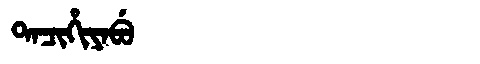
Manchu: ᡨᠠᠴᡳᡥᡳᠶᠠᠪᡠ
Romanization: TACIHIYABU